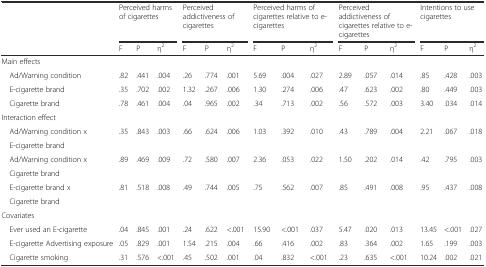
<table><thead><tr><td></td><td colspan="3"><b>Perceived harms of cigarettes</b></td><td colspan="3"><b>Perceived addictiveness of cigarettes</b></td><td colspan="3"><b>Perceived harms of cigarettes relative to e-cigarettes</b></td><td colspan="3"><b>Perceived addictiveness of cigarettes relative to e-cigarettes</b></td><td colspan="3"><b>Intentions to use cigarettes</b></td></tr><tr><td></td><td><b>F</b></td><td><b>P</b></td><td><b>η<sup>2</sup></b></td><td><b>F</b></td><td><b>P</b></td><td><b>η<sup>2</sup></b></td><td><b>F</b></td><td><b>P</b></td><td><b>η<sup>2</sup></b></td><td><b>F</b></td><td><b>P</b></td><td><b>η<sup>2</sup></b></td><td><b>F</b></td><td><b>P</b></td><td><b>η<sup>2</sup></b></td></tr></thead><tbody><tr><td>Main effects</td><td></td><td></td><td></td><td></td><td></td><td></td><td></td><td></td><td></td><td></td><td></td><td></td><td></td><td></td><td></td></tr><tr><td> Ad/Warning condition</td><td>.82</td><td>.441</td><td>.004</td><td>.26</td><td>.774</td><td>.001</td><td>5.69</td><td>.004</td><td>.027</td><td>2.89</td><td>.057</td><td>.014</td><td>.85</td><td>.428</td><td>.003</td></tr><tr><td> E-cigarette brand</td><td>.35</td><td>.702</td><td>.002</td><td>1.32</td><td>.267</td><td>.006</td><td>1.30</td><td>.274</td><td>.006</td><td>.47</td><td>.623</td><td>.002</td><td>.80</td><td>.449</td><td>.003</td></tr><tr><td> Cigarette brand</td><td>.78</td><td>.461</td><td>.004</td><td>.04</td><td>.965</td><td>.002</td><td>.34</td><td>.713</td><td>.002</td><td>.56</td><td>.572</td><td>.003</td><td>3.40</td><td>.034</td><td>.014</td></tr><tr><td>Interaction effect</td><td></td><td></td><td></td><td></td><td></td><td></td><td></td><td></td><td></td><td></td><td></td><td></td><td></td><td></td><td></td></tr><tr><td> Ad/Warning condition x</td><td rowspan="2">.35</td><td rowspan="2">.843</td><td rowspan="2">.003</td><td rowspan="2">.66</td><td rowspan="2">.624</td><td rowspan="2">.006</td><td rowspan="2">1.03</td><td rowspan="2">.392</td><td rowspan="2">.010</td><td rowspan="2">.43</td><td rowspan="2">.789</td><td rowspan="2">.004</td><td rowspan="2">2.21</td><td rowspan="2">.067</td><td rowspan="2">.018</td></tr><tr><td> E-cigarette brand</td></tr><tr><td> Ad/Warning condition x</td><td rowspan="2">.89</td><td rowspan="2">.469</td><td rowspan="2">.009</td><td rowspan="2">.72</td><td rowspan="2">.580</td><td rowspan="2">.007</td><td rowspan="2">2.36</td><td rowspan="2">.053</td><td rowspan="2">.022</td><td rowspan="2">1.50</td><td rowspan="2">.202</td><td rowspan="2">.014</td><td rowspan="2">.42</td><td rowspan="2">.795</td><td rowspan="2">.003</td></tr><tr><td> Cigarette brand</td></tr><tr><td> E-cigarette brand x</td><td rowspan="2">.81</td><td rowspan="2">.518</td><td rowspan="2">.008</td><td rowspan="2">.49</td><td rowspan="2">.744</td><td rowspan="2">.005</td><td rowspan="2">.75</td><td rowspan="2">.562</td><td rowspan="2">.007</td><td rowspan="2">.85</td><td rowspan="2">.491</td><td rowspan="2">.008</td><td rowspan="2">.95</td><td rowspan="2">.437</td><td rowspan="2">.008</td></tr><tr><td> Cigarette brand</td></tr><tr><td>Covariates</td><td></td><td></td><td></td><td></td><td></td><td></td><td></td><td></td><td></td><td></td><td></td><td></td><td></td><td></td><td></td></tr><tr><td> Ever used an E-cigarette</td><td>.04</td><td>.845</td><td>.001</td><td>.24</td><td>.622</td><td>&lt;.001</td><td>15.90</td><td>&lt;.001</td><td>.037</td><td>5.47</td><td>.020</td><td>.013</td><td>13.45</td><td>&lt;.001</td><td>.027</td></tr><tr><td> E-cigarette Advertising exposure</td><td>.05</td><td>.829</td><td>.001</td><td>1.54</td><td>.215</td><td>.004</td><td>.66</td><td>.416</td><td>.002</td><td>.83</td><td>.364</td><td>.002</td><td>1.65</td><td>.199</td><td>.003</td></tr><tr><td> Cigarette smoking</td><td>.31</td><td>.576</td><td>&lt;.001</td><td>.45</td><td>.502</td><td>.001</td><td>.04</td><td>.832</td><td>&lt;.001</td><td>.23</td><td>.635</td><td>&lt;.001</td><td>10.24</td><td>.002</td><td>.021</td></tr></tbody></table>